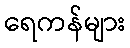
ရေကန်များ